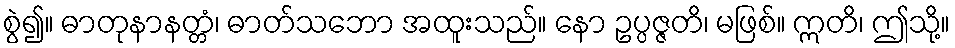
စွဲ၍။ ဓာတုနာနတ္တံ၊ ဓာတ်သဘော အထူးသည်။ နော ဥပ္ပဇ္ဇတိ၊ မဖြစ်။ ဣတိ၊ ဤသို့။